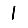
Digit: 1